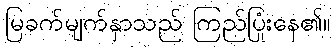
မြခက်မျက်နှာသည် ကြည်ပြုံးနေ၏။